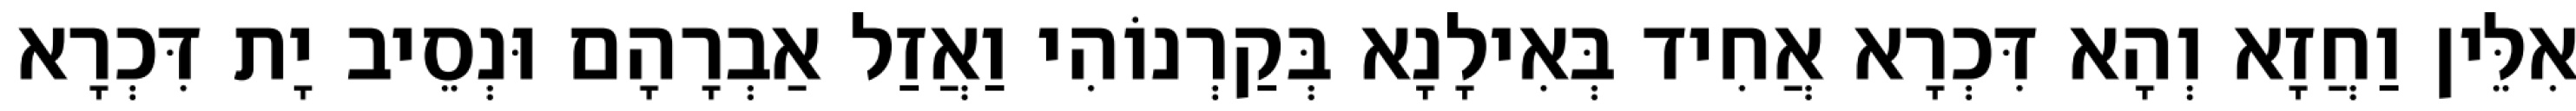
אִלֵּין וַחֲזָא וְהָא דִּכְרָא אֲחִיד בְּאִילָנָא בְּקַרְנוֹהִי וַאֲזַל אַבְרָהָם וּנְסֵיב יָת דִּכְרָא